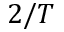
2 / T